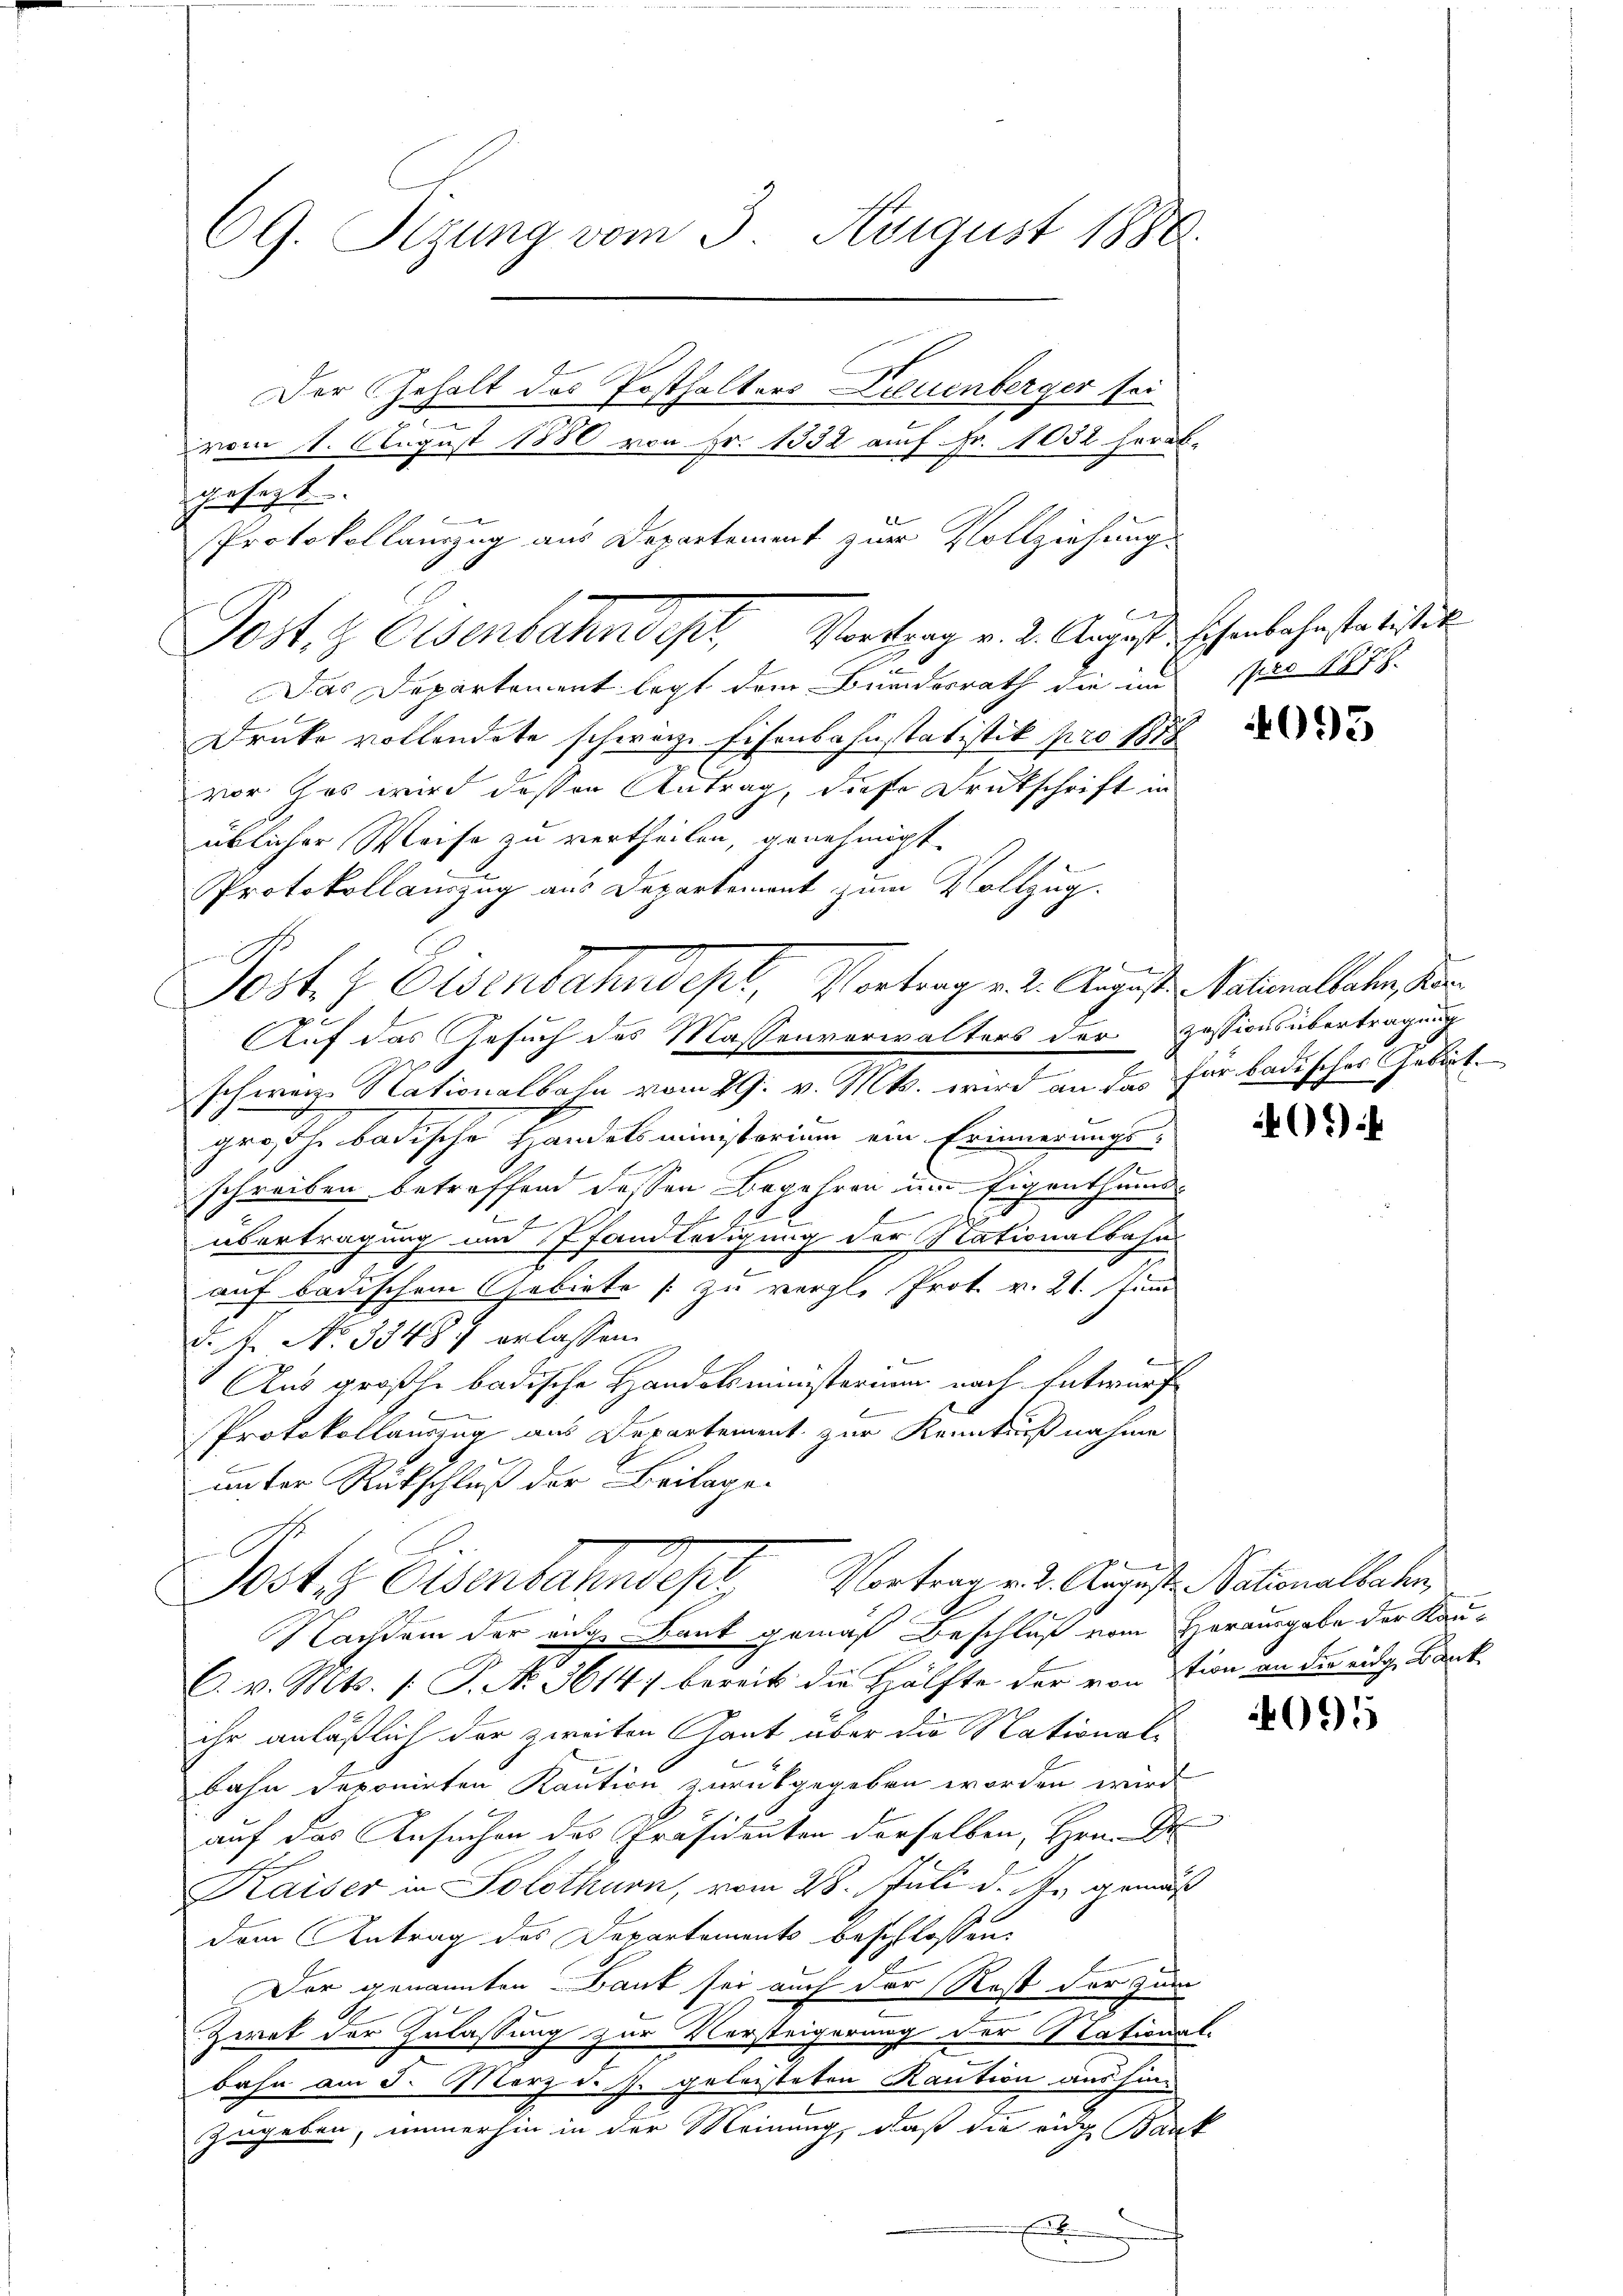
69. Seizung vom 3. August 1880.
Der Gehalt des Posthalters Neuenberger sei

vom 11. August 1880 von Fr. 1332 auf Fr. 1032 herab-
gesagt.
Protokollauszug aus Departement zur Vollziehung.

e
Das Departement legt dem Bundesrath die im pro 1878
Druke vollendete schwarze Eisenbahnstatistik pro 1878
vor. Das wird dessen Antrag, diese Druckschrift in
üblicher Weise zu vertheilen, genehmigt
Protokollauszug aus Departement zum Vollzug.
Auf das Gesuch des Massenverwalters der Zessionsübertragung
schweiz Nationalbahn vom 29. v. Mts. wird an das für badisches Gebirt.
grosche badische Handelsministerium ein Erinnerungs¬
.
E
schreiben betreffend dessen Begehren um Eigenthums
 912
übertragung und 7 Fand ledigung der Stationalbahn
auf badischem Gebiete zu vergl. Prot. v. 21. Juni
F. J. No 3348. erlassen.

Aus größhe badische Handelsministerium nach Entwurf
.
Protokollauszug aus Departement zur Kenntnißnahme
unter Rückschluß der Beilage.
t
Jostes Eisenbahndept, Vortrag zu Augesten Sationalbahren,
Nandem der enge Bank gemäß Beschluß vom Herausgabe der Kau¬
C. v. Mts. 1. P. No. 3614) bereits die Hälfte der von stion an der Zug, Bankihr anläßlich der zweiten Gant über die National-
bahn deponirten Kaution zurückgegeben worden wird
auf das Ansuchen des Präsidenten derselben, Hrn. Pr
Kaiser in Solothurn, vom 28. Juli d. J. gemäß
dem Antrag des Departements beschlossen:
Der genannten Dank sei auch der Rost der zur
Zwek der Zulassung zur Versteigerung der National-
bahn am 3. März d. J. geleisteten Kaution aus hinzugeben, immerhin in der Meinung, daß die eidg. Bank
x

Post. G. Eisenbahndept, Vortrag v. 2. August schenbahnstatistit

Postez Eisenbahndepl, Vortrag v. 2. Angesten Nationalbachen, da

g

e

401)

095